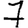
Digit: 7